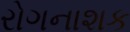
રોગનાશક